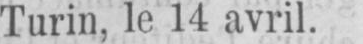
Turin, le 14 avril.